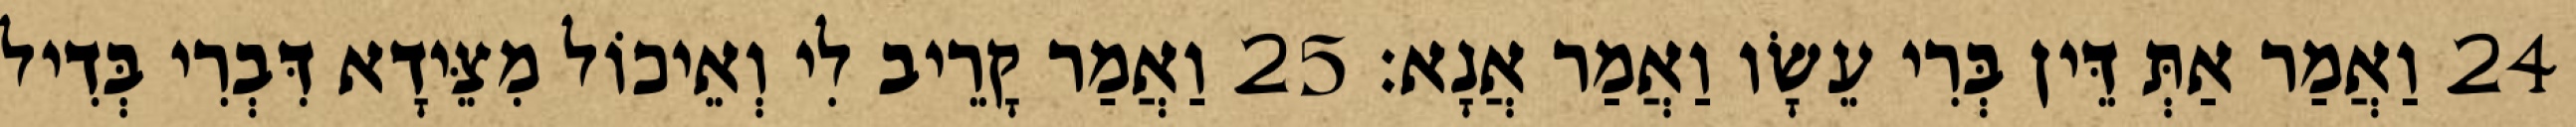
24 וַאֲמַר אַתְּ דֵּין בְּרִי עֵשָׂו וַאֲמַר אֲנָא׃ 25 וַאֲמַר קָרֵיב לִי וְאֵיכוֹל מִצֵּידָא דִּבְרִי בְּדִיל